Insane asylums in Bengal annual reports 1867-1875 - 1867-1875
Year: 1867
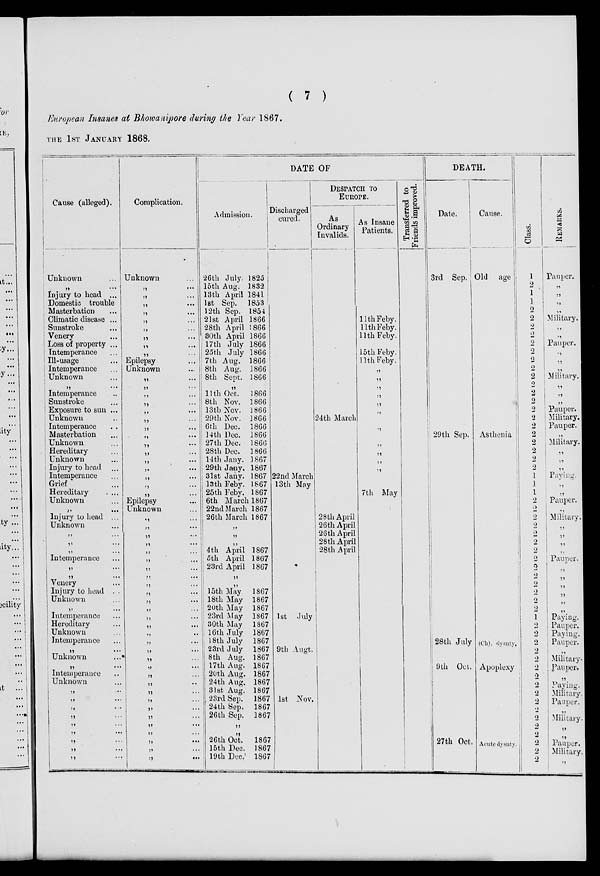
( 7 )
European Insanes at Bhowanipore during the Year 1867.
THE 1 ST JANUARY 1868.
Cause (alleged).
Unknown ...
„ ...
Injury to head ...
Domestic trouble
Masterbation
Climatic disease ...
Sunstroke ...
Venery ...
Loss of property ...
Intemperance ...
Ill-usage ...
Intemperance ...
Unknown ..
„ ...
Intemperance ...
Sunstroke ...
Exposure to sun ...
Unknown ...
Intemperance ...
Masterbation ...
Unknown ...
Hereditary ...
Unknown ...
Injury to head ...
Intemperance ...
Grief ...
Hereditary
....
Unknown ...
„ ...
Injury to head ...
Unknown
„ ...
„ ...
„ ...
Intemperance ...
„ ...
„ ...
Venery ...
Injury to head ...
Unknown ...
„ ...
Intemperance ...
Hereditary ...
Unknown ...
Intemperance ...
„
...
Unknown ...
„ ...
Intemperance ...
Unknown ...
„ ...
„ ...
„ ...
„ ...
„ ...
„ ...
„ ...
„ ...
„ ...
Complication.
Unknown
„ ...
„ ...
„ ...
„ ...
„ ...
„ ...
„ ...
„ ...
„ ...
Epilepsy
Unknown
„ ...
„ ...
„ ...
„ ...
„ ...
„ ...
„ ...
„ ...
„ ...
„ ...
„ ...
„ ...
„ ...
„ ...
„ ...
Epilepsy
Unknown
„ ...
„ ...
„ ...
„ ...
„ ...
„ ...
„ ...
„ ...
„ ...
„ ...
„ ...
„ ...
„ ...
„ ...
„ ...
„ ...
„ ...
„ ...
„ ...
„ ...
„ ...
„ ...
„ ...
„ ...
„ ...
„ ...
„ ...
„ ...
„ ...
„ ...
DATE OF
Admission.
26th July. 1825
15th Aug. 1832
13th April 1841
1st Sep. 1853
12th Sep. 1854
21st April 1866
28th April 1866
30th April 1866
17th July 1866
25th July 1866
7th Aug. 1866
8th Aug. 1866
8th Sept. 1866
„ ...
11th Oct.
1866
8th Nov. 1866
13th Nov. 1866
29th Nov. 1866
6th Dec. 1866
14th Dec. 1866
27th Dec. 1860
28th Dec. 1866
14th Jany. 1867
29th Jany. 1867
31st Jany. 1867
13th Feby. 1867
25th Feby. 1867
6th March 1867
22nd March 1867
26th March 1867
„
„
„
4th April 1867
5 th April 1867
23rd April 1867
„
„
15th May
1867
18th May 1867
20th May 1867
23rd May 1867
30th May 1867
16th July 1867
18th July 1867
23rd July 1867
8th Aug. 1867
17th Aug. 1867
20th Aug. 1867
24th Aug. 1867
31st Aug. 1867
23rd Sep. 1867
24th Sep. 1867
26th Sep. 1867
„
„
26th Oct.
1867
15th Dec. 1867
19th Dec. 1867
Discharged
cured.
22nd March
13th May
1st July
9th Augt.
1st Nov.
DESPATCH TO
EUROPE.
As
Ordinary
Invalids.
24th March
28th April
26th April
26th April
28th April
28th April
As Insane
Patients.
11th Feby.
11 thFeby.
11th Feby.
15th Feby.
11th Feby.
„
„
„
„
„
„
„
„
„
„
„
„
7th May
Transferred to
Friends improved.
DEATH.
Date.
3rd Sep.
29th Sep.
28th July
9th Oct.
27th Oct
Cause.
Old
age
Asthenia
(Ch). dysnty.
Apoplexy
Acute dy.snty.
Class.
1
2
1
1
2
2
2
2
2
2
2
2
2
2
2
2
2
2
2
2 2
2
2
1
1
1
2
2
2
2
2
2
2
2
2
2
2
2
2
2
1
2
2
2
2
2
2
2
2
2
2
2
2
2
2
2
2
2
REMARKS.
Pauper.
„
„
„
„
Military.
„
„
Pauper.
„
„
„
Military.
„
„
„
Pauper.
Military.
Pauper.
„
Military.
„
„
„
Paying.
„
„
Pauper.
„
Military.
„
„
„
„
„
„
„
„
„
„
„
Paying.
Pauper.
Paying.
Pauper.
„
Military.
Pauper.
„
Paying.
Military.
Panper.
Military
„
„
Pauper
Military
„